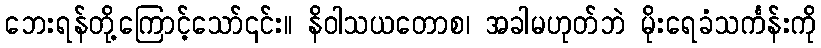
ဘေးရန်တို့ကြောင့်သော်၎င်း။ နိဝါသယတောစ၊ အခါမဟုတ်ဘဲ မိုးရေခံသင်္ကန်းကို